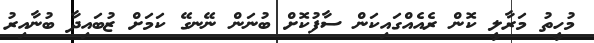
މުހީތު މަރާލީ ކޮން ރެއެއްގައިކަން ސާފުކޮށް ބުނަން ނޭނގޭ ކަމަށް ޒުބައިދާ ބުނާއިރު